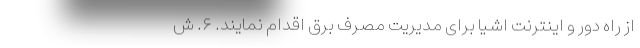
از راه دور و اینترنت اشیا برای مدیریت مصرف برق اقدام نمایند. ۶. ش